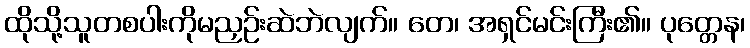
ထိုသို့သူတစပါးကိုမညှဉ်းဆဲဘဲလျက်။ တေ၊ အရှင်မင်းကြီး၏။ ပုတ္တေန၊